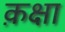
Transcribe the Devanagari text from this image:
क़क्षा